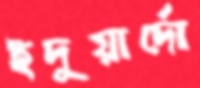
ইদুয়ার্দো